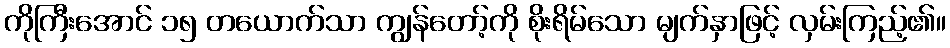
ကိုကြီးအောင် ၁၅ တယောက်သာ ကျွန်တော့်ကို စိုးရိမ်သော မျက်နှာဖြင့် လှမ်းကြည့်၏။